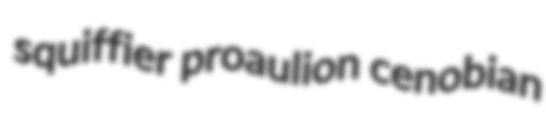
squiffier proaulion cenobian